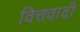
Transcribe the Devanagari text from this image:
वित्तवादी